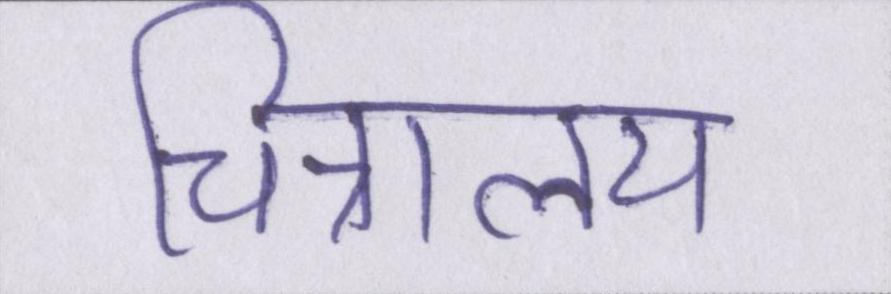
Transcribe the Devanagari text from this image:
चित्रालय